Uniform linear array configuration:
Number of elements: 16
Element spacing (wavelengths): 1
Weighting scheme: cosine
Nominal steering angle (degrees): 45
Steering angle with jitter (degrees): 45.197
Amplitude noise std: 0.05
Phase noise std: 0.05

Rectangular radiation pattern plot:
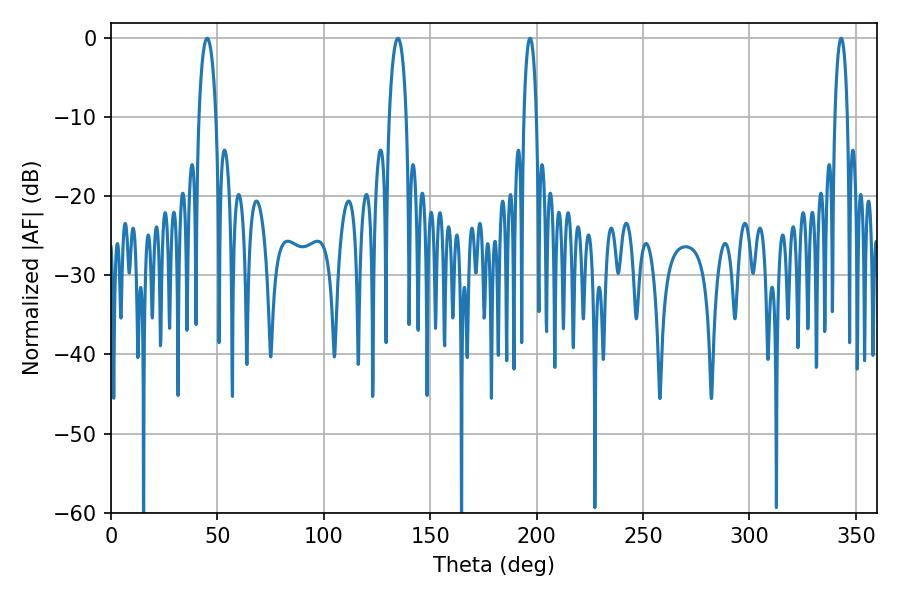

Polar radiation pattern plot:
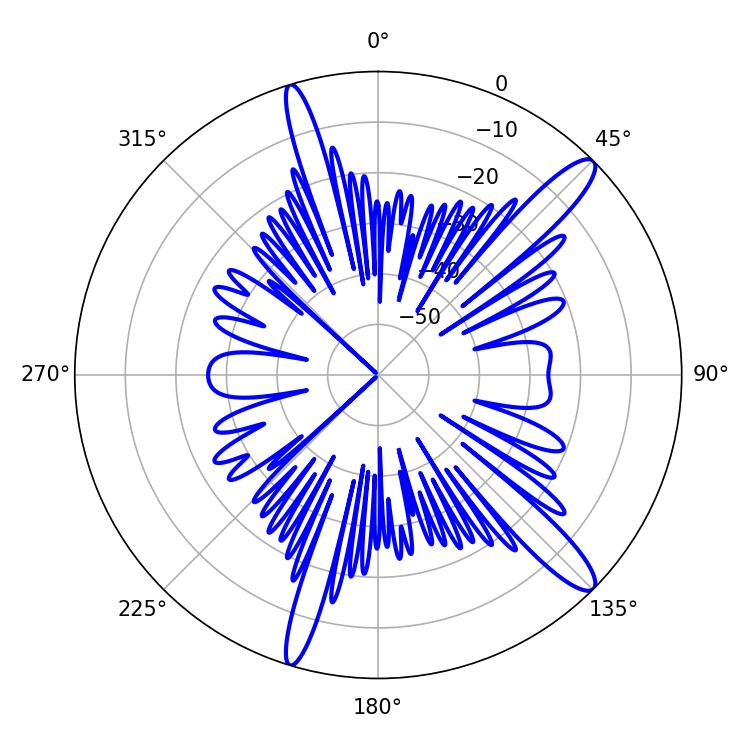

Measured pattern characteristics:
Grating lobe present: TRUE
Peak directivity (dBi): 13.565
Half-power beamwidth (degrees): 4.5
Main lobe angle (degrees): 45.18